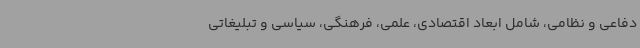
دفاعی و نظامی، شامل ابعاد اقتصادی، علمی، فرهنگی، سیاسی و تبلیغاتی